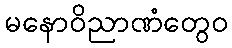
မနောဝိညာဏံတွေဝ